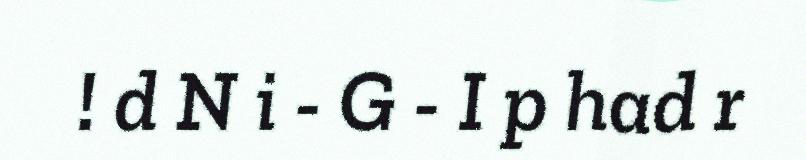
! d N i - G - I p had r